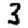
Digit: 3